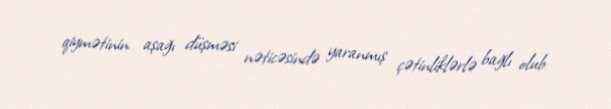
qiymətinin aşağı düşməsi nəticəsində yaranmış çətinliklərlə bağlı olub: